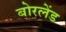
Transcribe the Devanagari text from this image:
बोरलेंड